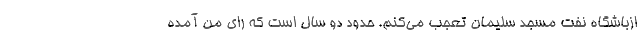
ازباشگاه نفت مسجد سلیمان تعجب می‌کنم. حدود دو سال است که رای من آمده